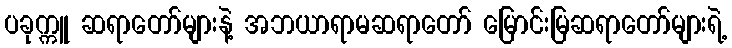
ပခုက္ကူ ဆရာတော်များနဲ့ အဘယာရာမဆရာတော် မြောင်းမြဆရာတော်များရဲ့